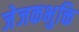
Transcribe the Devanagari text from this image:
जेजकभुक्ति